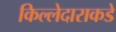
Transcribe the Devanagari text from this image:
किल्लेदाराकडे